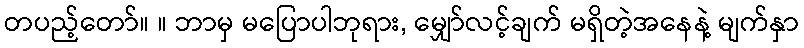
တပည့်တော်။ ။ ဘာမှ မပြောပါဘုရား, မျှော်လင့်ချက် မရှိတဲ့အနေနဲ့ မျက်နှာ